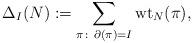
LaTeX: \begin{align*}\Delta_I(N) := \sum_{\pi \colon \, \partial(\pi) = I}{\rm wt}_N(\pi),\end{align*}